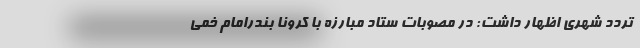
تردد شهری اظهار داشت: در مصوبات ستاد مبارزه با کرونا بندرامام خمی